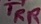
Text: TRR